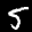
Label: 5